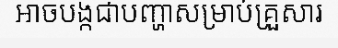
អាចបង្កជាបញ្ហាសម្រាប់គ្រួសារ